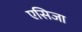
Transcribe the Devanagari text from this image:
एसिजा